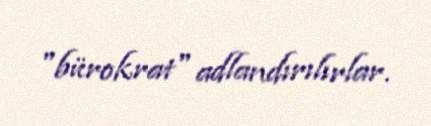
"bürokrat" adlandırılırlar.